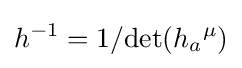
h^{-1}=1/{\text{det}}(h_{a}{}^{\mu })